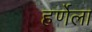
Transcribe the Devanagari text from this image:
हर्णेला